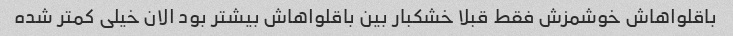
باقلواهاش خوشمزش فقط قبلا خشکبار بین باقلواهاش بیشتر بود الان خیلی کمتر شده